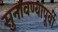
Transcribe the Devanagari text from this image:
सुनावण्यापूर्वी